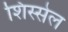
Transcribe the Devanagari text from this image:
शिस्सेल